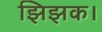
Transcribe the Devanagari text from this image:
झिझक।